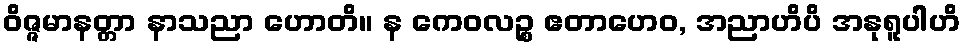
ဝိဇ္ဇမာနတ္တာ နာသညာ ဟောတိ။ န ကေဝလဉ္စ ဧတာဟေဝ, အညာဟိပိ အနုရူပါဟိ